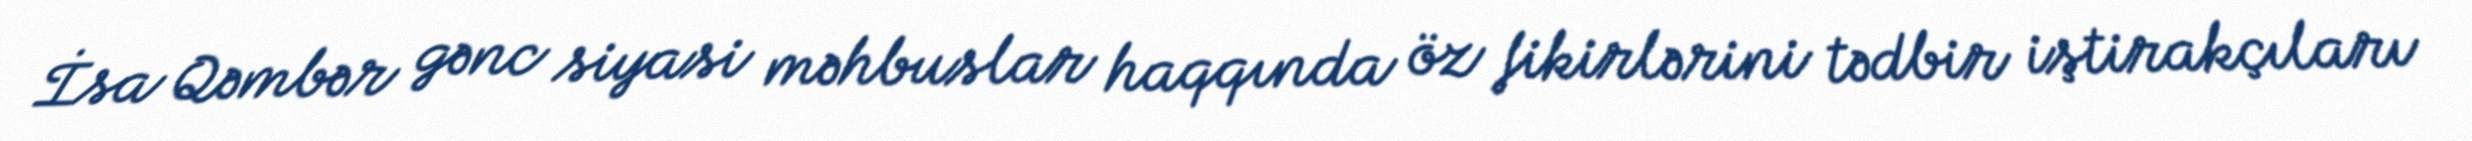
İsa Qəmbər gənc siyasi məhbuslar haqqında öz fikirlərini tədbir iştirakçıları